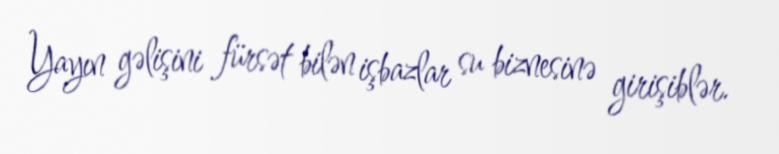
Yayın gəlişini fürsət bilən işbazlar su biznesinə girişiblər.